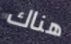
هناك